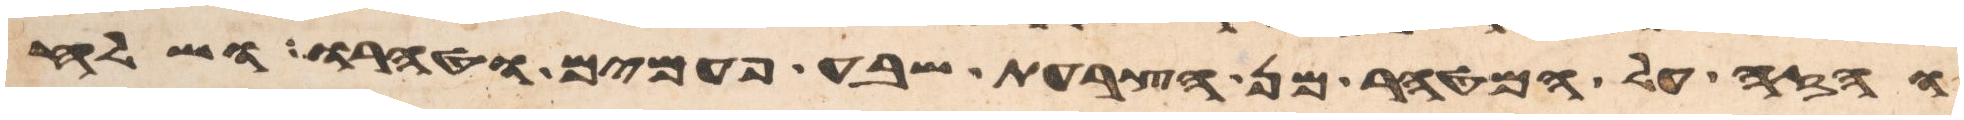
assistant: והזה על המטהר מן הצרעת שבע פעמים וטהרו ושלח